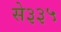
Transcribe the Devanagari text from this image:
से३३५